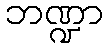
ဘဏ္ဍာ